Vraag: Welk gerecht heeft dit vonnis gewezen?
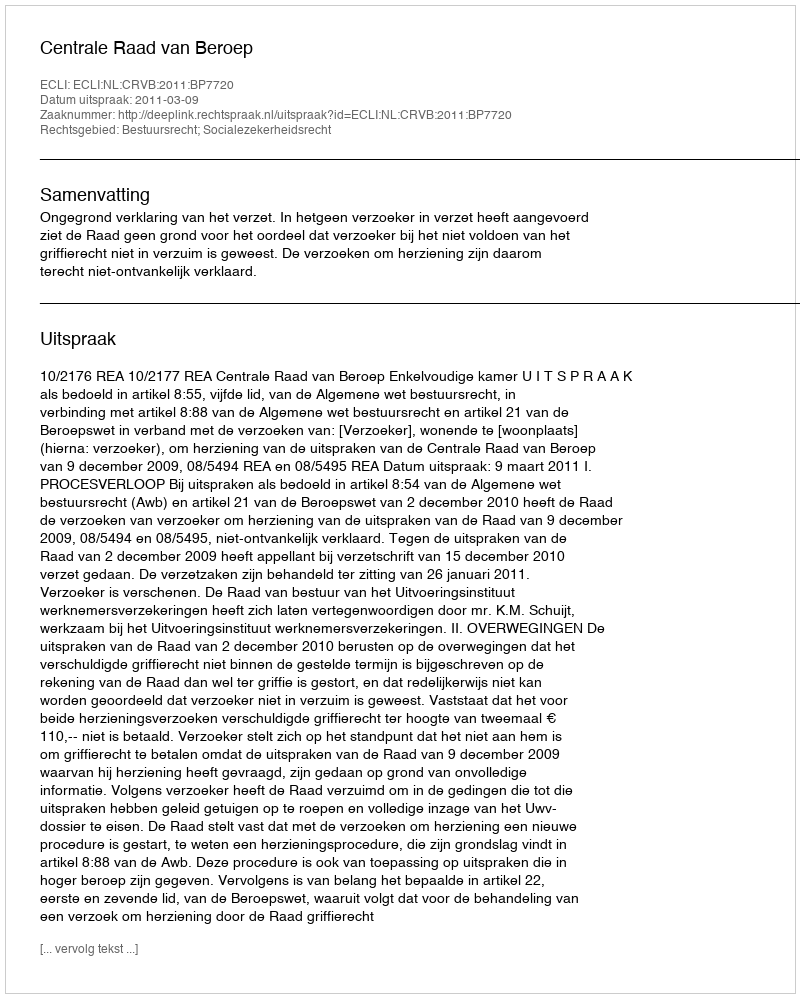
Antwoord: Centrale Raad van Beroep